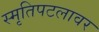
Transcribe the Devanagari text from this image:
स्मृतिपटलावर